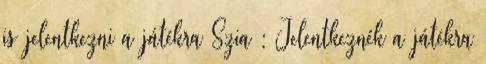
is jelentkezni a játékra Szia : Jelentkeznék a játékra